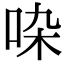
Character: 𠱞